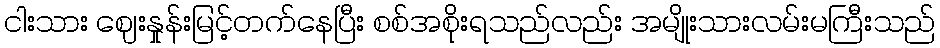
ငါးသား ဈေးနှုန်းမြင့်တက်နေပြီး စစ်အစိုးရသည်လည်း အမျိုးသားလမ်းမကြီးသည်